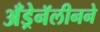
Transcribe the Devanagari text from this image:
अँड्रेनॅलीनने